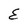
Character: E